Report on the lunatic asylums under the Government of Bombay - 1904-1913
Year: 1904
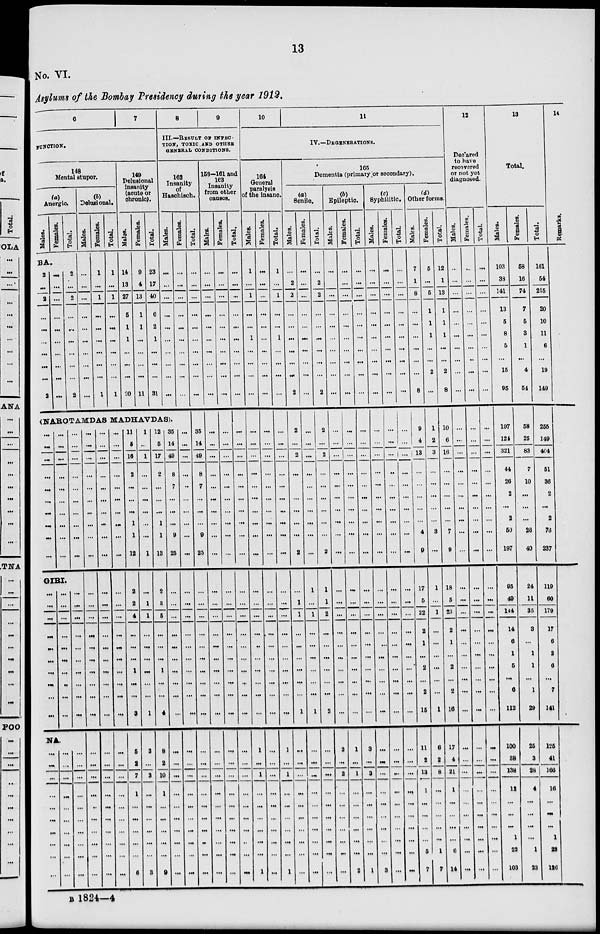
13
No. VI.
Asylums of the Bombay Presidency during the year 1912.
6
7
FUNCTION.
148
Mental stupor.
(a)
Anergic.
Males.
Females.
Total.
BA.
2
...
2
...
...
...
...
...
...
2
...
...
...
...
...
...
...
...
...
...
2
...
2
...
...
...
...
...
...
2
(b)
Delusional.
Males.
...
...
...
...
...
...
...
...
...
...
Females.
1
...
1
...
...
...
...
...
...
1
Total.
1
...
1
...
...
...
...
...
...
1
149
Delusional
insanity
(acute or
chronic).
Males.
14
13
27
5
1
1
...
...
...
20
Females.
9
4
13
1
1
...
...
...
...
11
Total.
23
17
40
6
2
1
...
...
...
31
8
9
III.—RESULT OF INFEC-
TION, TOXIC AND OTHER
GENERAL CONDITIONS.
162
Insanity
of
Haschisch.
Males.
...
...
...
...
...
...
...
...
...
...
Females.
...
...
...
...
...
...
...
...
...
...
(NAROTAMDAS MADHAVDAS).
...
...
...
...
...
...
...
...
...
...
...
...
...
...
...
...
...
...
...
...
...
...
...
...
...
...
...
...
...
...
GIRI.
...
...
...
...
...
...
...
...
...
...
...
...
...
...
...
...
...
...
...
...
...
...
...
...
...
...
...
...
...
...
NA.
...
...
...
...
...
...
...
...
...
...
...
...
...
...
...
...
...
...
...
...
...
...
...
...
...
...
...
...
...
...
...
...
...
...
...
...
...
...
...
...
...
...
...
...
...
...
...
...
...
...
...
...
...
...
...
...
...
...
...
...
...
...
...
...
...
...
...
...
...
...
...
...
...
...
...
...
...
...
...
...
...
...
...
...
...
...
...
...
...
...
...
...
...
...
...
...
...
...
...
...
...
...
...
...
...
...
...
...
...
...
...
...
...
...
...
...
...
...
...
...
11
5
16
2
...
...
...
1
1
12
2
2
4
...
...
...
1
...
...
3
5
2
7
1
...
...
...
...
...
6
1
...
1
...
...
...
...
...
...
1
...
1
1
...
...
...
...
...
...
1
3
...
3
...
...
...
...
...
...
3
12
5
17
2
...
...
...
1
1
13
2
3
5
...
...
...
1
...
...
4
8
2
10
1
...
...
...
...
...
9
35
14
49
8
7
...
...
...
9
25
...
...
...
...
...
...
...
...
...
...
...
...
...
...
...
...
...
...
...
...
...
...
...
...
...
...
...
...
...
...
...
...
...
...
...
...
...
...
...
...
...
...
...
...
...
...
...
...
...
...
Total.
...
...
...
...
...
...
...
...
...
...
35
14
49
8
7
...
...
...
9
25
...
...
...
...
...
...
...
...
...
...
...
...
...
...
...
...
...
...
...
...
158-161 and
163
Insanity
from other
causes.
Males.
...
...
...
...
...
...
...
...
...
...
...
...
...
...
...
...
...
...
...
...
...
...
...
...
...
...
...
...
...
...
...
...
...
...
...
...
...
...
...
...
Females.
...
...
...
...
...
...
...
...
...
...
...
...
...
...
...
...
...
...
...
...
...
...
...
...
...
...
...
...
...
...
...
...
...
...
...
...
...
...
...
...
Total.
...
...
...
...
...
...
...
...
...
...
...
...
...
...
...
...
...
...
...
...
...
...
...
...
...
...
...
...
...
...
...
...
...
...
...
...
...
...
...
...
10
11
IV.—DEGENERATIONS.
164
General
paralysis
of the insane.
Males.
1
...
1
...
...
1
...
...
...
...
...
...
...
...
...
...
...
...
...
...
...
...
...
...
...
...
...
...
...
...
1
...
1
...
...
...
...
...
...
1
Females.
...
...
...
...
...
...
...
...
...
...
...
...
...
...
...
...
...
...
...
...
...
...
...
...
...
...
...
...
...
...
...
...
...
...
...
...
...
...
...
...
Total.
1
...
1
...
...
1
...
...
...
...
...
...
...
...
...
...
...
...
...
...
...
...
...
...
...
...
...
...
...
...
1
...
1
...
...
...
...
...
...
1
165
Dementia (primary or secondary).
(a)
Senile.
Males.
...
2
2
...
...
...
...
...
...
2
2
...
2
...
...
...
...
...
...
2
...
1
1
...
...
...
...
...
...
1
...
...
...
...
...
...
...
...
...
...
Females.
...
...
...
...
...
...
...
...
...
...
...
...
...
...
...
...
...
...
...
...
1
...
1
...
...
...
...
...
...
1
...
...
...
...
...
...
...
...
...
...
Total.
...
2
2
...
...
...
...
...
...
2
2
...
2
...
...
...
...
...
...
2
1
1
2
...
...
...
...
...
...
2
...
...
...
...
...
...
...
...
...
...
(b)
Epileptic.
Males.
...
...
...
...
...
...
...
...
...
...
...
...
...
...
...
...
...
...
...
...
...
...
...
...
...
...
...
...
...
...
2
...
2
...
...
...
...
...
...
...
Females.
...
...
...
...
...
...
...
...
...
...
...
...
...
...
...
...
...
...
...
...
...
...
...
...
...
...
...
...
...
...
1
...
1
...
...
...
...
...
...
2
Total.
...
...
...
...
...
...
...
...
...
...
...
...
...
...
...
...
...
...
...
...
...
...
...
...
...
...
...
...
...
...
3
...
3
...
...
...
...
...
...
1
(c)
Syphilitic.
Males.
...
...
...
...
...
...
...
...
...
...
...
...
...
...
...
...
...
...
...
...
...
...
...
...
...
...
...
...
...
...
...
...
...
...
...
...
...
...
...
3
Females.
...
...
...
...
...
...
...
...
...
...
...
...
...
...
...
...
...
...
...
...
...
...
...
...
...
...
...
...
...
...
...
...
...
...
...
...
...
...
...
...
Total.
...
...
...
...
...
...
...
...
...
...
...
...
...
...
...
...
...
...
...
...
...
...
...
...
...
...
...
...
...
...
...
...
...
...
...
...
...
...
...
...
(d)
Other forms.
Males.
7
1
8
...
...
...
...
...
...
8
9
4
13
...
...
...
...
...
4
9
17
5
22
2
1
...
2
...
2
16
11
2
13
1
...
...
...
...
5
7
Females.
5
...
5
1
1
1
...
...
2
...
1
2
3
...
...
...
...
...
3
...
1
...
1
...
...
...
...
...
...
1
6
2
8
...
...
...
...
...
1
7
Total.
12
1
13
1
1
1
...
...
2
8
10
6
16
...
...
...
...
...
7
9
18
5
23
2
1
...
2
...
2
16
17
4
21
1
...
...
...
...
6
14
12
Declared
to have
recovered
or not yet
diagnosed.
Males.
...
...
...
...
...
...
...
...
...
...
...
...
...
...
...
...
...
...
...
...
...
...
...
...
...
...
...
...
...
...
...
...
...
...
...
...
...
...
...
Females.
...
...
...
...
...
...
...
...
...
...
...
...
...
...
...
...
...
...
...
...
...
...
...
...
...
...
...
...
...
...
...
...
...
...
...
...
...
...
...
...
Total.
...
...
...
...
...
...
...
...
...
...
...
...
...
...
...
...
...
...
...
...
...
...
...
...
...
...
...
...
...
...
...
...
...
...
...
...
...
...
...
...
13
Total.
Males.
103
38
141
13
5
8
5
...
15
95
197
124
321
44
26
2
...
2
50
197
95
49
144
14
6
1
5
...
6
112
100
38
138
12
...
...
...
1
22
103
Females.
58
16
74
7
5
3
1
...
4
54
58
25
83
7
10
...
...
...
26
40
24
11
35
3
...
1
1
...
1
29
25
3
28
4
...
...
...
...
1
23
Total.
161
54
215
20
10
11
6
...
19
149
255
149
404
51
36
2
...
2
76
237
119
60
179
17
6
2
6
...
7
141
125
41
166
16
...
...
...
1
23
126
14
Remarks.
B 1824—4